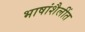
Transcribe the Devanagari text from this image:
भाषांशैलींत